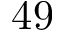
4 9